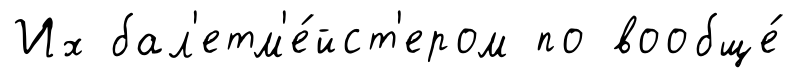
Их бал'етм'е́йст'ером по вообще́